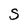
Character: S